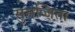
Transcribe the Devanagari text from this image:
सुसज्जिता